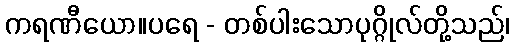
ကရဏီယော။ပရေ - တစ်ပါးသောပုဂ္ဂိုလ်တို့သည်၊